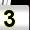
Digit: 3